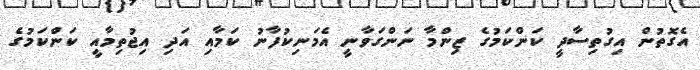
އެގޮތުން އިގުތިސާދީ ކަންކަމުގެ ޒިންމާ ނަންގަވާނީ އެމަނިކުފާނު ކަމާއި އަދި އިޖުތިމާއީ ކަންކަމުގެ